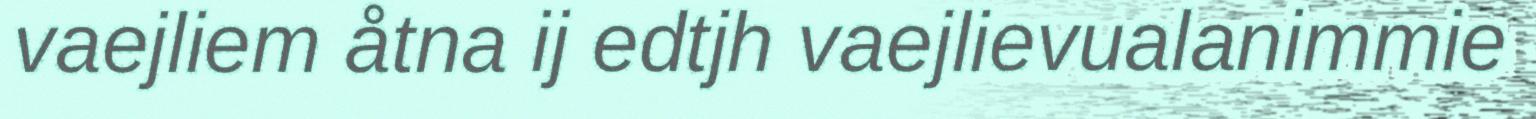
vaejliem åtna ij edtjh vaejlievualanimmie